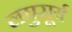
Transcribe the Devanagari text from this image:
लघुसूर्य